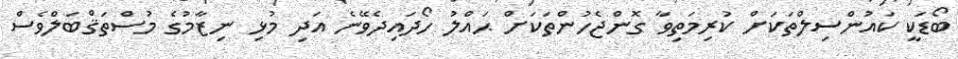
ބޯޑަކީ ކައުންސިލްތަކަށް ކުރިމަތިވާ ގޮންޖެހުންތަކަށް ޙައްލު ހޯދައިދެވޭނެ އަދި މުޅި ނިޒާމުގެ މުސްތަޤްބަލްވެސް